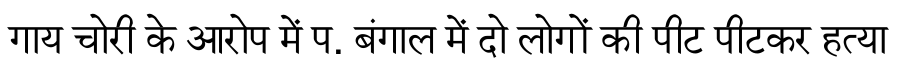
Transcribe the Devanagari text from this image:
गाय चोरी के आरोप में प. बंगाल में दो लोगों की पीट पीटकर हत्या